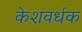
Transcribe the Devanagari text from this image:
केशवर्धक